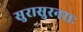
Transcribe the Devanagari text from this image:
सुरासुरनराः